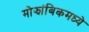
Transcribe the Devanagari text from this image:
मोझांबिकमध्ये